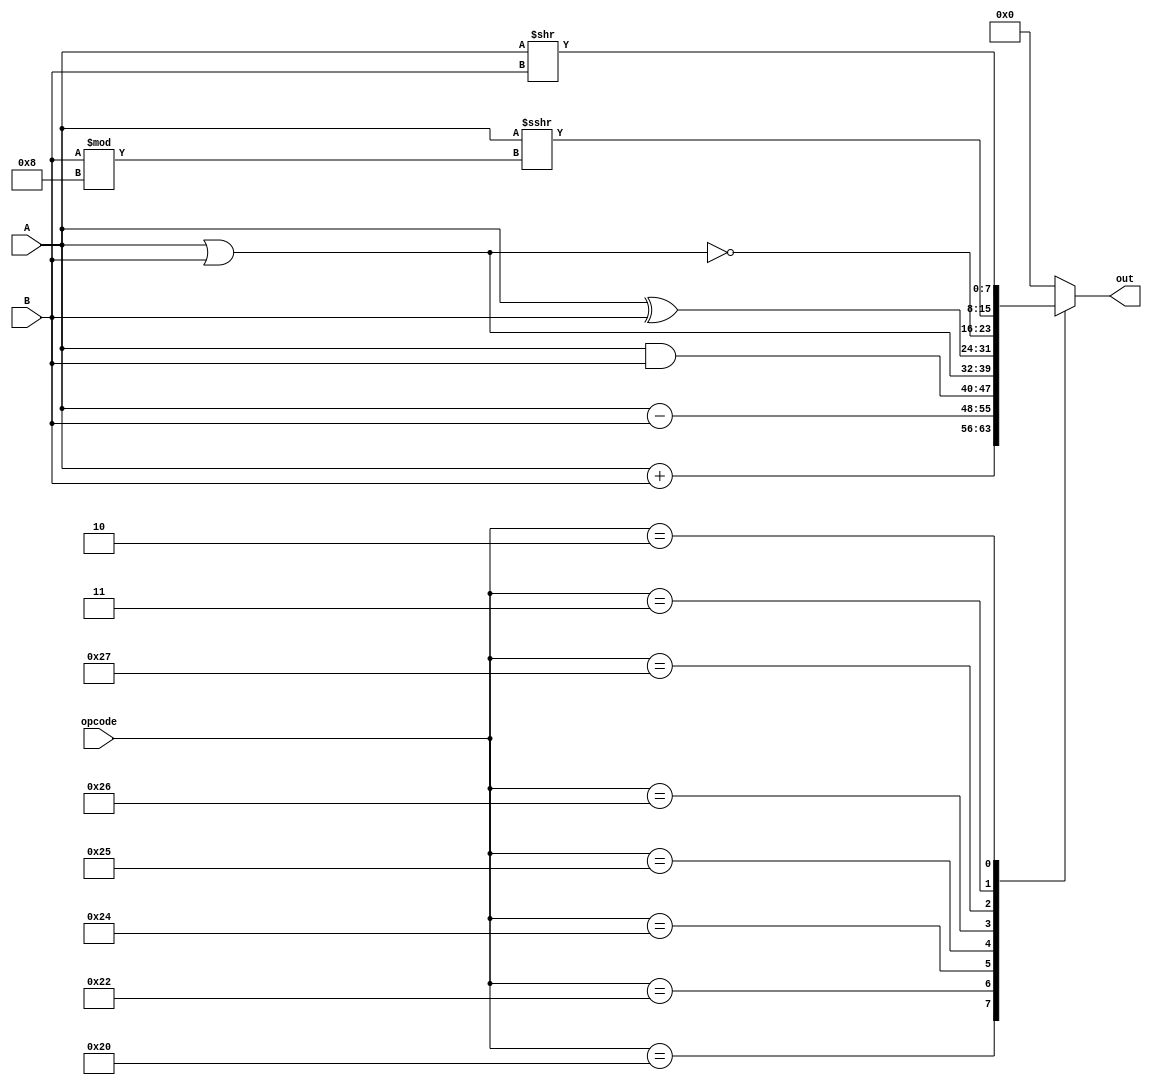
`timescale 1ns / 1ps

`define ADD 6'b100000
`define SUB 6'b100010
`define AND 6'b100100
`define OR  6'b100101
`define XOR 6'b100110
`define NOR 6'b100111
`define SRA 6'b000011
`define SRL 6'b000010
`define BUS_LEN 8

module ALU 
	#(parameter BUS_LEN = `BUS_LEN)
	(
        input signed [BUS_LEN-1:0] A, 
        input signed [BUS_LEN-1:0] B,
        input [5:0] opcode,
	    output reg signed [BUS_LEN-1:0] out
    );

    always@(*)
	begin
		case (opcode)
			`ADD: out = A+B; 
			`SUB: out = A-B; 
			`AND: out = A&B; 
			`OR : out = A|B; 
			`XOR: out = A^B; 
			`NOR: out = ~(A|B); 
			`SRA: out = A >>> (B % BUS_LEN);
            `SRL: out = A >> B;
			default: out = 0;
		endcase
	end

endmodule